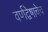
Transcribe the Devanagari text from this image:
वर्णद्वेषाचेच